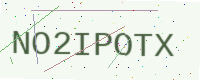
Text: NO2IPOTX